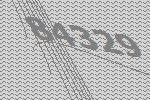
84329